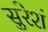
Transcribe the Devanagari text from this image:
सुरेशं